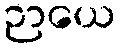
ဉာယေ